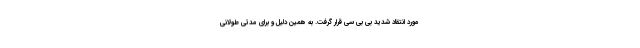
مورد انتقاد شدید بی بی سی قرار گرفت. به همین دلیل و برای مدتی طولانی